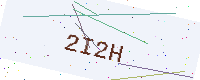
Text: 2I2H